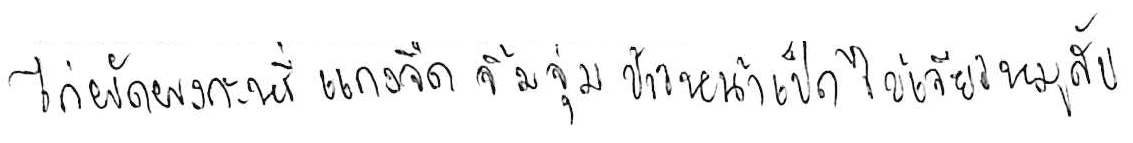
ไก่ผัดผงกะหรี่ แกงจืด จิ้มจุ่ม ข้าวหน้าเป็ด ไข่เจียวหมูสับ